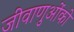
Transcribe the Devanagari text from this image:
जीवाणुओंको